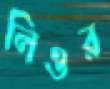
লিঁওর